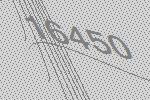
16450